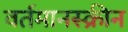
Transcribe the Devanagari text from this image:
वर्तमानस्क्रीन